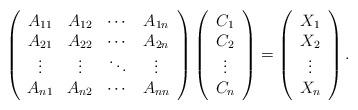
LaTeX: \begin{align*}\left(\begin{array}{cccc}A_{11} &A_{12} &\cdots&A_{1n}\\A_{21}&A_{22} &\cdots&A_{2n}\\\vdots &\vdots&\ddots&\vdots\\A_{n1}&A_{n2} &\cdots&A_{nn} \end{array}\right)\left(\begin{array}{cccc}C_1\\C_2\\\vdots\\C_n\end{array}\right)=\left(\begin{array}{cccc}X_1\\X_2\\\vdots\\X_n\end{array}\right).\end{align*}